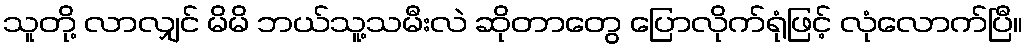
သူတို့ လာလျှင် မိမိ ဘယ်သူ့သမီးလဲ ဆိုတာတွေ ပြောလိုက်ရုံဖြင့် လုံလောက်ပြီ။